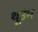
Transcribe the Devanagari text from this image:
थूउम